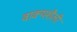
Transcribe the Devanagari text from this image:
वाक्यशैली